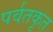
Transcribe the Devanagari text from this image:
पर्वतकृत